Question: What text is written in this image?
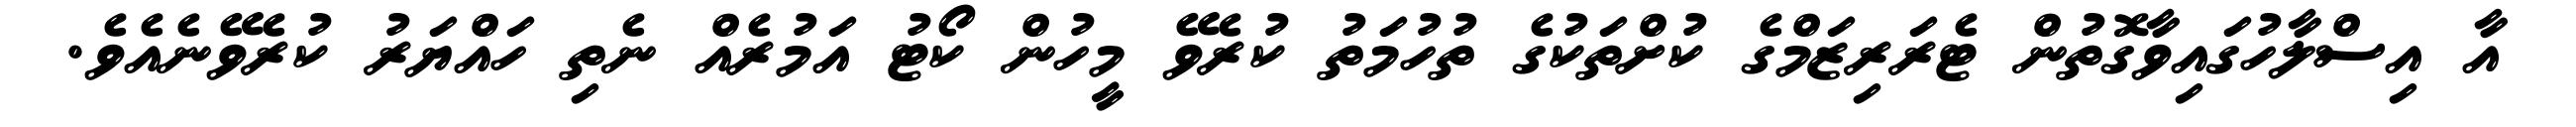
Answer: އާ އިސްލާހުގައިވާގޮތުން ޓެރަރިޒަމްގެ ކުށްތަކުގެ ތުހުމަތު ކުރެވޭ މީހުން ކޯޓު އަމުރެއް ނެތި ހައްޔަރު ކުރެވޭނެއެވެ.